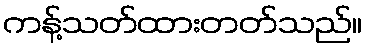
ကန့်သတ်ထားတတ်သည်။